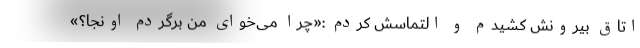
اتاق بیرونش کشیدم و التماسش کردم :«چرا می‌خوای من برگردم اونجا؟»